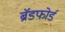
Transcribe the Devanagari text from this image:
ब्रॅडफोर्ड